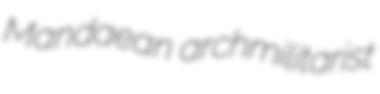
Mandaean archmilitarist